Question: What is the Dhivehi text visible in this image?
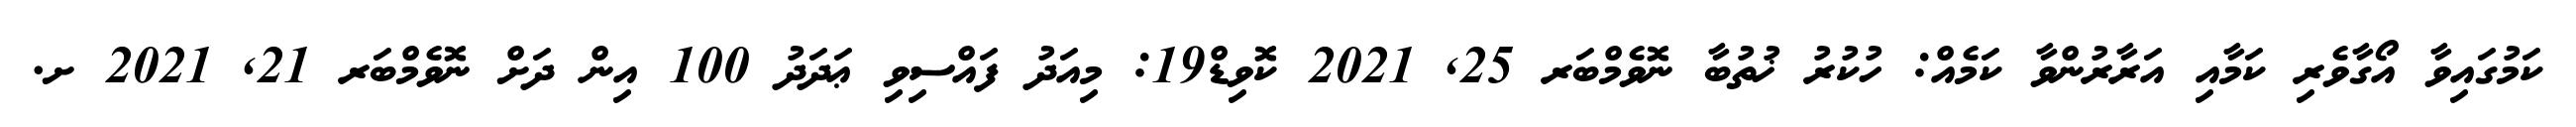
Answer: ކަމުގައިވާ އޯގާވެރި ކަމާއި އަރާރުންވާ ކަމެއް: ހުކުރު ޚުތުބާ ނޮވެމްބަރ 25, 2021 ކޮވިޑް19: މިއަދު ފައްސިވި ޢަދަދު 100 އިން ދަށް ނޮވެމްބަރ 21, 2021 ށ.